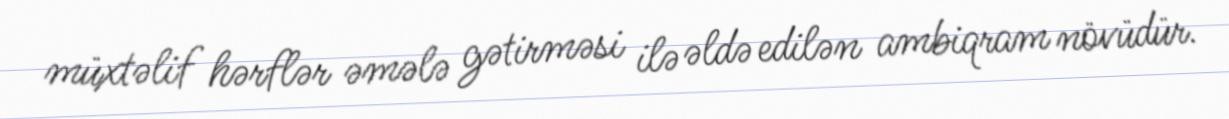
müxtəlif hərflər əmələ gətirməsi ilə əldə edilən ambiqram növüdür.